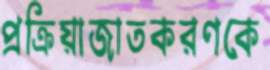
প্রক্রিয়াজাতকরণকে